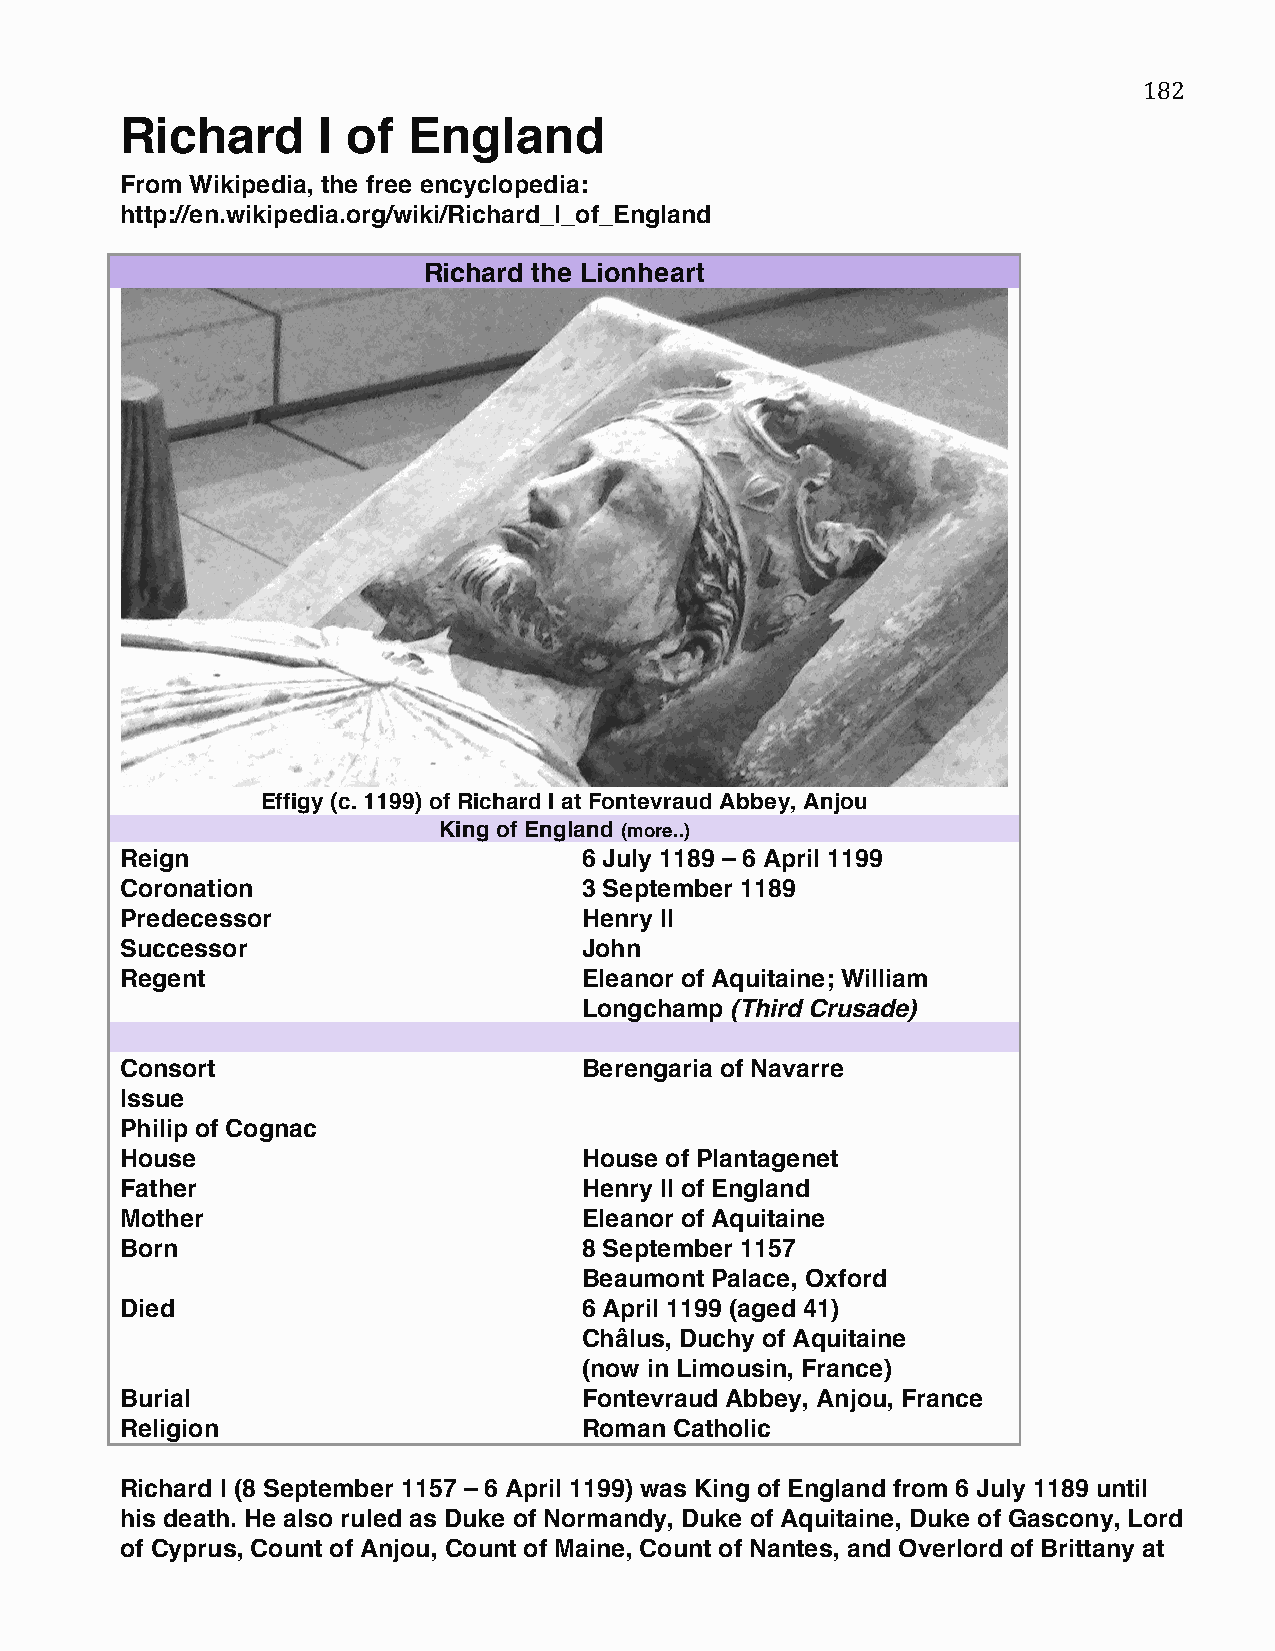
182
 ‪Richard     I of  England‬
 From Wikipedia, the free encyclopedia:
 http://en.wikipedia.org/wiki/Richard_I_of_England
 Richard the Lionheart
 Effigy (c. 1199) of Richard I at Fontevraud Abbey, Anjou
 King of England (more..)
 Reign                         6 July 1189 – 6 April 1199
 Coronation                    3 September 1189
 Predecessor                   Henry II
 Successor                     John
 Regent                        Eleanor of Aquitaine; William
 Longchamp (Third Crusade)
 Consort                       Berengaria of Navarre
 Issue
 Philip of Cognac
 House                         House of Plantagenet
 Father                        Henry II of England
 Mother                        Eleanor of Aquitaine
 Born                          8 September 1157
 Beaumont Palace, Oxford
 Died                          6 April 1199 (aged 41)
 Châlus, Duchy of Aquitaine
 (now in Limousin, France)
 Burial                        Fontevraud Abbey, Anjou, France
 Religion                      Roman  Catholic
 Richard I (8 September 1157 – 6 April 1199) was King of England from 6 July 1189 until
 his death. He also ruled as Duke of Normandy, Duke of Aquitaine, Duke of Gascony, Lord
 of Cyprus, Count of Anjou, Count of Maine, Count of Nantes, and Overlord of Brittany at